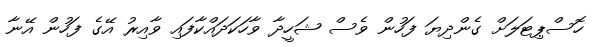
ހޮސްޕިޓަލަށް ގެންދިޔަ ފަހުން ވެސް ޝަހީދާ ވާހަކަދައްކާފައި ވާއިރު އޭގެ ފަހުން އޭނާ